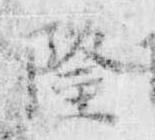
隆